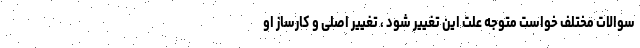
سوالات مختلف خواست متوجه علت این تغییر شود ، تغییر اصلی و کارساز او